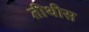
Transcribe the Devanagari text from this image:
तीथीस